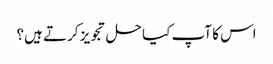
اس کا آپ کیا حل تجویز کرتے ہیں؟